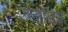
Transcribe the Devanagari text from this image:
प्‍लास्‍टिक